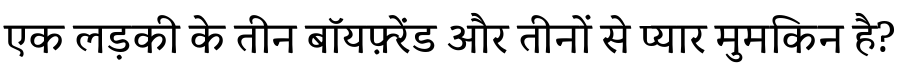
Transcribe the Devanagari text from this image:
एक लड़की के तीन बॉयफ़्रेंड और तीनों से प्यार मुमकिन है?